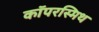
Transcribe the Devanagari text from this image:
कॉपरस्मिथ